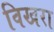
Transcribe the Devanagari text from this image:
विखरा